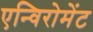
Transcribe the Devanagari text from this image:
एन्विरोमेंट